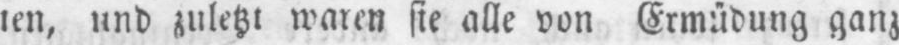
und zuletzt waren sie alle von Ermüdung ganz